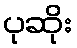
ပုဆိုး